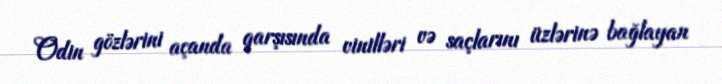
Odin gözlərini açanda qarşısında vinilləri və saçlarını üzlərinə bağlayan